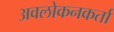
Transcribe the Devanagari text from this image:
अवलोकनकर्ता